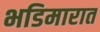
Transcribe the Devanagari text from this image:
भडिमारात